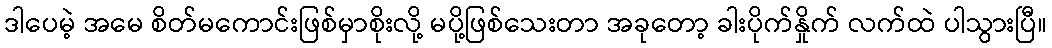
ဒါပေမဲ့ အမေ စိတ်မကောင်းဖြစ်မှာစိုးလို့ မပို့ဖြစ်သေးတာ အခုတော့ ခါးပိုက်နှိုက် လက်ထဲ ပါသွားပြီ။